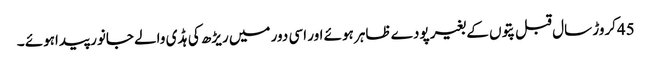
45کروڑ سال قبل پتوں کے بغیر پودے ظاہر ہوئے اور اسی دور میں ریڑھ کی ہڈ ی والے جانور پیداہوئے ۔